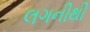
લગનીથી